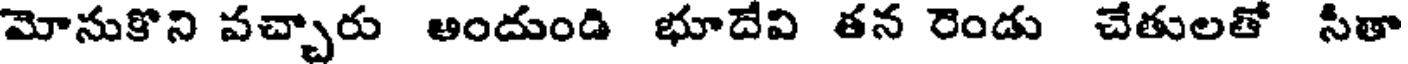
మోసుకొని వచ్చారు అందుండి భూదేవి తన రెండు చేతులతో సీతా